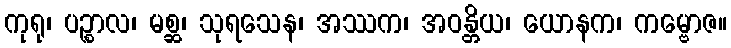
ကုရု၊ ပဉ္စာလ၊ မစ္ဆ၊ သုရသေန၊ အဿက၊ အဝန္တိယ၊ ယောနက၊ ကမ္ဗောဇ။